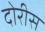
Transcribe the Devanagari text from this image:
दोरीस